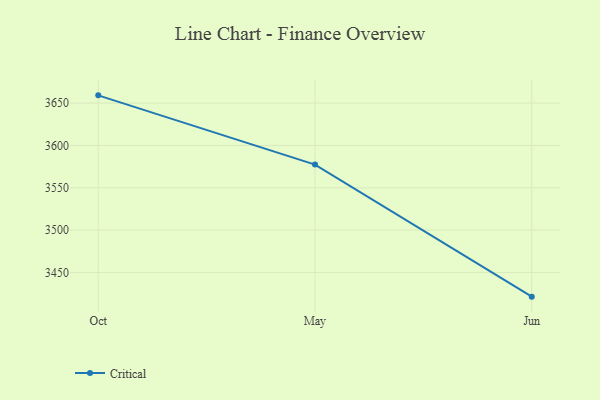
{"axis": {"x": "Month", "y": "Production Output"}, "legend": ["Critical"], "data": [{"x": "Oct", "y": 3659.2, "type": "Critical"}, {"x": "May", "y": 3577.4, "type": "Critical"}, {"x": "Jun", "y": 3421.4, "type": "Critical"}]}